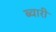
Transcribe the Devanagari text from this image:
ब्वारी